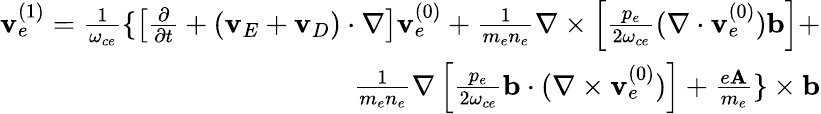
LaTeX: \begin{array}{r}{{\mathbf v_{e}^{(1)}}=\frac{1}{\omega_{ce}}\{ \left[\frac{\partial}{\partial t}+({\mathbf v_{E}}+{\mathbf v_{D}})\cdot\nabla\right]{\mathbf v_{e}^{(0)}}+\frac{1}{m_{e}n_{e}}\nabla\times\left[\frac{p_{e}}{2\omega_{ce}}(\nabla\cdot{\mathbf v_{e}^{(0)}}){\mathbf b}\right]+}\\ {\frac{1}{m_{e}n_{e}}\nabla\left[\frac{p_{e}}{2\omega_{ce}}{\mathbf b}\cdot(\nabla\times{\mathbf v_{e}^{(0)}})\right]+\frac{e{\mathbf A}}{m_{e}}\} \times{\mathbf b}}\end{array}